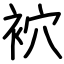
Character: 袕